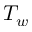
T _ { w }